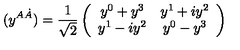
( y ^ { A \dot { A } } ) = { \frac { 1 } { \sqrt { 2 } } } \left( \begin{array} { c c } { y ^ { 0 } + y ^ { 3 } } & { y ^ { 1 } + i y ^ { 2 } } \\ { y ^ { 1 } - i y ^ { 2 } } & { y ^ { 0 } - y ^ { 3 } } \\ \end{array} \right)